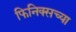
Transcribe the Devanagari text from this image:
फिनिक्सच्या